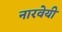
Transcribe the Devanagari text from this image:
नारवेयी